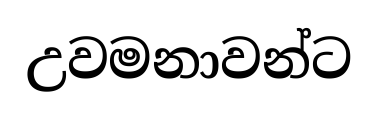
උවමනාවන්ට